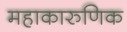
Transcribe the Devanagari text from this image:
महाकारुणिक